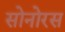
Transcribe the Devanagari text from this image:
सोनोरस